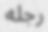
رجله